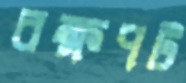
বক্ষপট